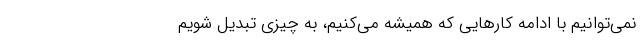
نمی‌توانیم با ادامه کار‌هایی که همیشه می‌کنیم، به چیزی تبدیل شویم